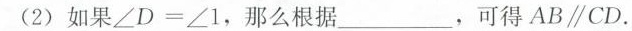
(2)如果∠D=∠1，那么根据____，可得AB∥CD。